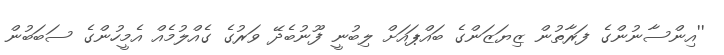
''އިންސާނުންގެ ފަރާތުން ޒިޔަޒަންގެ ބައްޕައަށް ލިބުނީ ފޫނުބެދޭ ވަރުގެ ގެއްލުމެއް އެމީހުންގެ ސަބަބުން